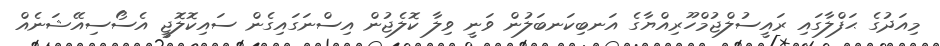
މިއަދުގެ ޙަފްލާގައި ރައީސުލްޖުމްހޫރިއްޔާގެ އަނބިކަނބަލުން ވަނީ ވިލާ ކޮލެޖުން އިސްނަގައިގެން ސައިކޮލޮޖީ އެސޯސިއޭޝަނެއް